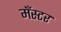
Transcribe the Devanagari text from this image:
मँस्टर